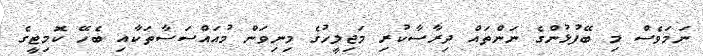
ނަމަވެސް މި ބޭފުޅުންގެ ނަންތައް ދިރާސާކުރި މަޖިލީހުގެ މިނިވަން މުއައްސަސާތަކާއި ބެހޭ ކޮމިޓީގެ